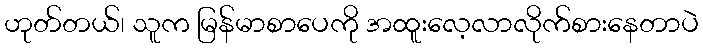
ဟုတ်တယ်၊ သူက မြန်မာစာပေကို အထူးလေ့လာလိုက်စားနေတာပဲ